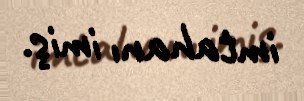
imtahanı imiş.